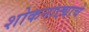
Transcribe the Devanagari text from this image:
शोकनाट्याचे